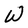
Character: W